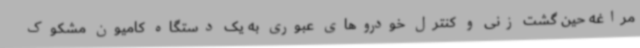
مراغه حین گشت زنی و کنترل خودروهای عبوری به یک دستگاه کامیون مشکوک